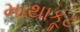
માથાકૂટ